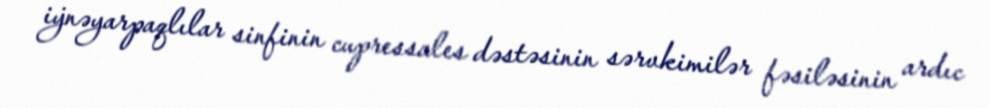
i̇ynəyarpaqlılar sinfinin cupressales dəstəsinin sərvkimilər fəsiləsinin ardıc